Vaccination in the Punjab 1867-1880 - 1867-1880
Year: 1867
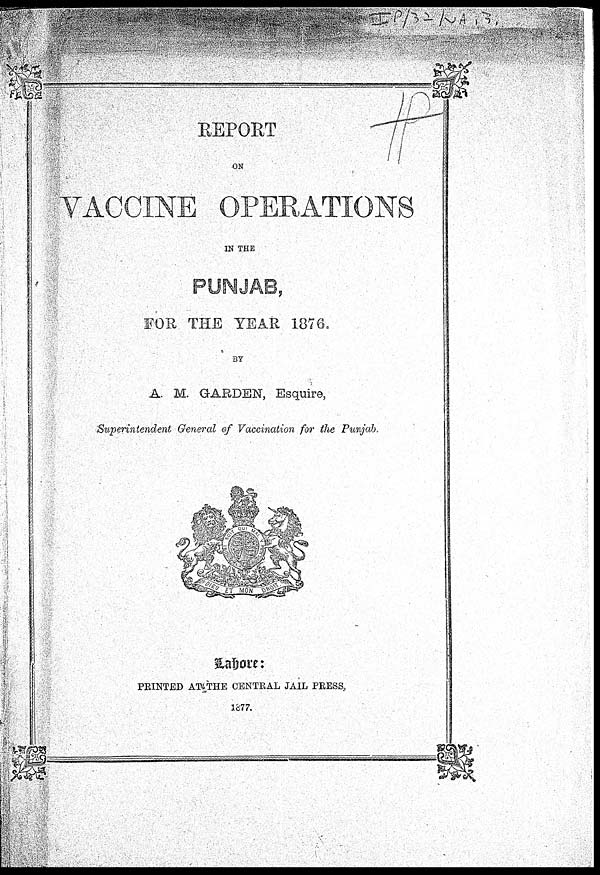
REPORT
ON
VACCINE OPERATIONS
IN THE
PUNJAB,
FOR THE YEAR 1876.
BY
A. M. GARDEN, Esquire,
Superintendent General of Vaccination for the Punjab.
Lahore:
PRINTED AT THE CENTRAL JAIL PRESS,
1877.